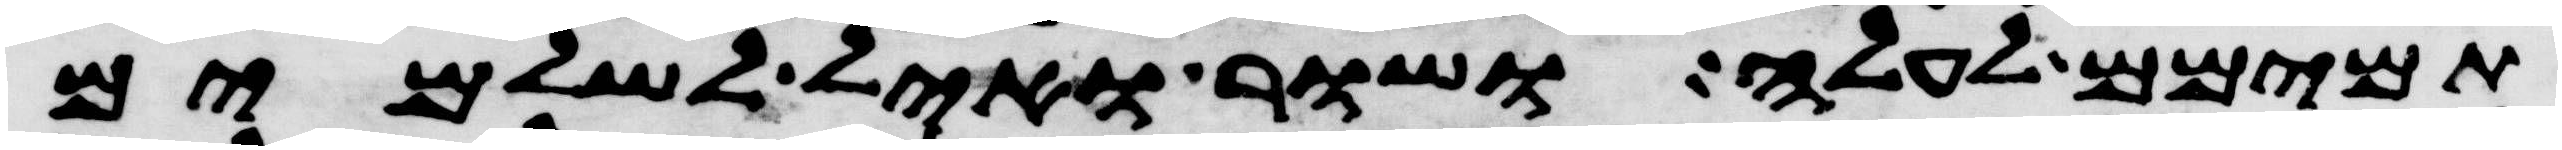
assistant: תמימם לעלה ושור ואיל לשלמים